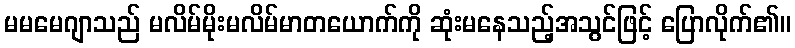
မမမေဂျာသည် မလိမ်မိုးမလိမ်မာတယောက်ကို ဆုံးမနေသည့်အသွင်ဖြင့် ပြောလိုက်၏။